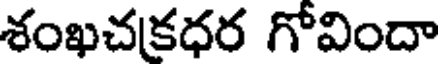
శంఖచకధర గోవిందా